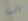
الى